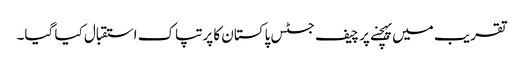
تقریب میں پہچنے پر چیف جسٹس پاکستان کا پرتپاک استقبال کیا گیا۔